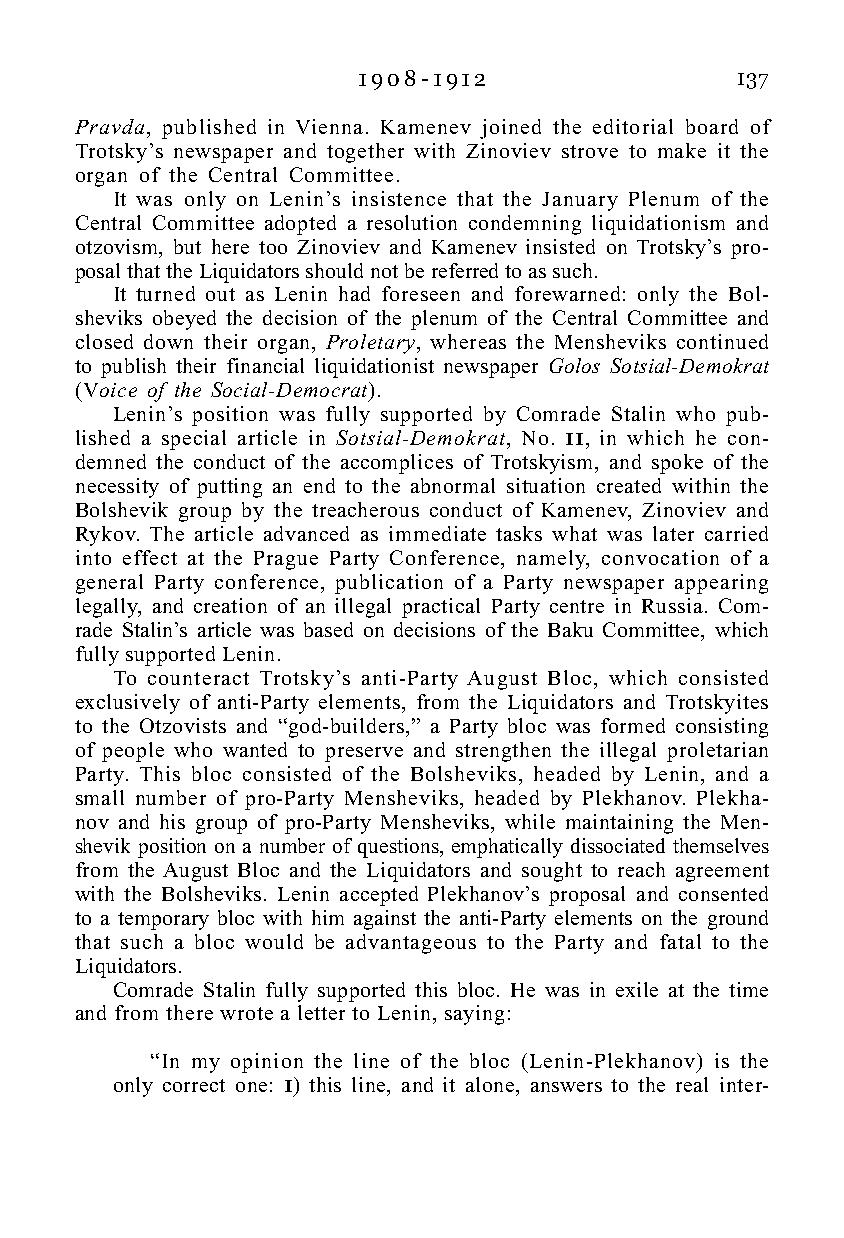
1 9 0 8 - 1 9 1 2        137
 Pravda, published in Vienna. Kamenev joined the editorial board of
 Trotsky’s newspaper and together with Zinoviev strove to make it the
 organ of the Central Committee.
 It was only on Lenin’s insistence that the January Plenum of the
 Central Committee adopted a resolution condemning liquidationism and
 otzovism, but here too Zinoviev and Kamenev insisted on Trotsky’s pro-
 posal that the Liquidators should not be referred to as such.
 It turned out as Lenin had foreseen and forewarned: only the Bol-
 sheviks obeyed the decision of the plenum of the Central Committee and
 closed down their organ, Proletary, whereas the Mensheviks continued
 to publish their financial liquidationist newspaper Golos Sotsial-Demokrat
 (Voice of the Social-Democrat).
 Lenin’s position was fully supported by Comrade Stalin who pub-
 lished a special article in Sotsial-Demokrat, No. 11, in which he con-
 demned the conduct of the accomplices of Trotskyism, and spoke of the
 necessity of putting an end to the abnormal situation created within the
 Bolshevik group by the treacherous conduct of Kamenev, Zinoviev and
 Rykov. The article advanced as immediate tasks what was later carried
 into effect at the Prague Party Conference, namely, convocation of a
 general Party conference, publication of a Party newspaper appearing
 legally, and creation of an illegal practical Party centre in Russia. Com-
 rade Stalin’s article was based on decisions of the Baku Committee, which
 fully supported Lenin.
 To counteract Trotsky’s anti-Party August Bloc, which consisted
 exclusively of anti-Party elements, from the Liquidators and Trotskyites
 to the Otzovists and “god-builders,” a Party bloc was formed consisting
 of people who wanted to preserve and strengthen the illegal proletarian
 Party. This bloc consisted of the Bolsheviks, headed by Lenin, and a
 small number of pro-Party Mensheviks, headed by Plekhanov. Plekha-
 nov and his group of pro-Party Mensheviks, while maintaining the Men-
 shevik position on a number of questions, emphatically dissociated themselves
 from the August Bloc and the Liquidators and sought to reach agreement
 with the Bolsheviks. Lenin accepted Plekhanov’s proposal and consented
 to a temporary bloc with him against the anti-Party elements on the ground
 that such a bloc would be advantageous to the Party and fatal to the
 Liquidators.
 Comrade Stalin fully supported this bloc. He was in exile at the time
 and from there wrote a letter to Lenin, saying:
 “In my opinion the line of the bloc (Lenin-Plekhanov) is the
 only correct one: 1) this line, and it alone, answers to the real inter-